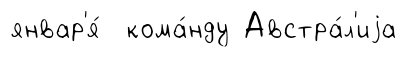
январ'я́ кома́нду Австра́л'иjа